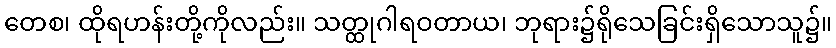
တေစ၊ ထိုရဟန်းတို့ကိုလည်း။ သတ္ထုဂါရဝတာယ၊ ဘုရား၌ရိုသေခြင်းရှိသောသူ၌။